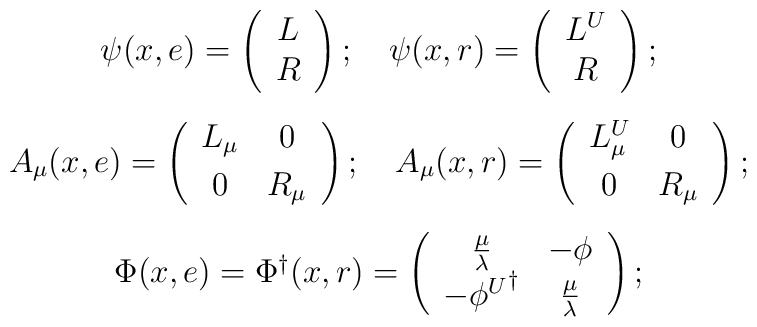
\begin{array}{cl}\psi(x,e)=\left(\begin{array}{cl}L\\R\end{array}\right);~~~\psi(x,r)=\left(\begin{array}{cl}L^U\\R\end{array}\right);\\[6mm]A_{\mu}(x,e)=\left(\begin{array}{ccc}L_{\mu}&0\\[1mm]0&R_{\mu}\end{array}\right);~~~A_{\mu}(x,r)=\left(\begin{array}{ccc}L^U_{\mu}&0\\[1mm]0&R_{\mu}\end{array}\right);\\[6mm]\Phi(x,e)=\Phi{^{\dag}}(x,r)=\left(\begin{array}{ccc}{\frac{\mu}{\lambda}}&{-\phi}\\{-\phi^U}^{\dag}&{\frac{\mu}{\lambda}}\end{array}\right);\end{array}